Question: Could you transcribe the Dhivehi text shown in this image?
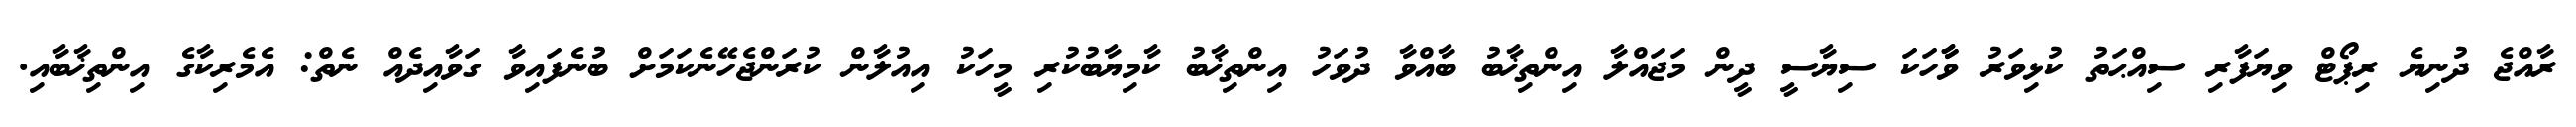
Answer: ރާއްޖެ ދުނިޔެ ރިޕޯޓް ވިޔަފާރި ސިއްޙަތު ކުޅިވަރު ވާާހަކަ ސިޔާސީ ދީން މަޖައްލާ އިންތިޚާބު ބާއްވާ ދުވަހު އިންތިޚާބު ކާމިޔާބުކުރި މީހަކު އިއުލާން ކުރަންޖެހޭނެކަމަށް ބުނެފައިވާ ގަވާއިދެއް ނެތް: އެމެރިކާގެ އިންތިޚާބާއި.